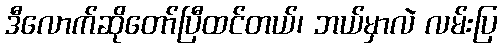
ဒီလောက်ဆိုတော်ပြီထင်တယ်၊ ဘယ်မှာလဲ လမ်းပြ